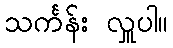
သင်္ကန်း လှူပါ။